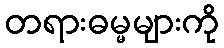
တရားဓမ္မများကို